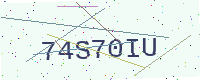
Text: 74S70IU